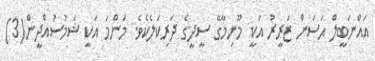
އައްނަބީލް ޙަސަން ޒަރީރު އަކީ މޫނިމާގޭ ސީދީގެ ދަރިކަލެކެވެ. މަންމަ އަކީ ޝަމުސުއްދީން(3)